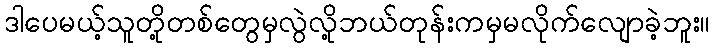
ဒါပေမယ့်သူတို့တစ်တွေမှလွဲလို့ဘယ်တုန်းကမှမလိုက်လျောခဲ့ဘူး။